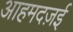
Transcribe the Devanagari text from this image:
आहमदज़ई